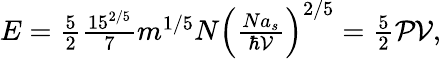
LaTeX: \begin{array}{r}{E=\frac{5}{2}\frac{15^{2/5}}{7}m^{1/5}N\left(\frac{Na_{s}}{\hbar\mathcal{V}}\right)^{2/5}=\frac{5}{2}\mathcal{PV},}\end{array}